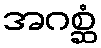
အဂစ္ဆံ